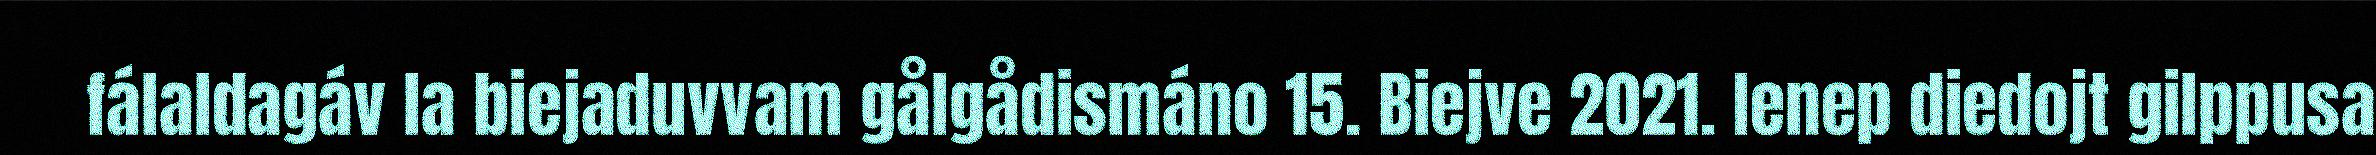
fálaldagáv la biejaduvvam gålgådismáno 15. Biejve 2021. Ienep diedojt gilppusa